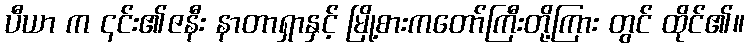
ပီယာ က ၎င်း၏ဇနီး နာတာရှာနှင့် မြို့စားကတော်ကြီးတို့ကြား တွင် ထိုင်၏။